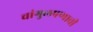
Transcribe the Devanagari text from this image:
चांगुलपणाची